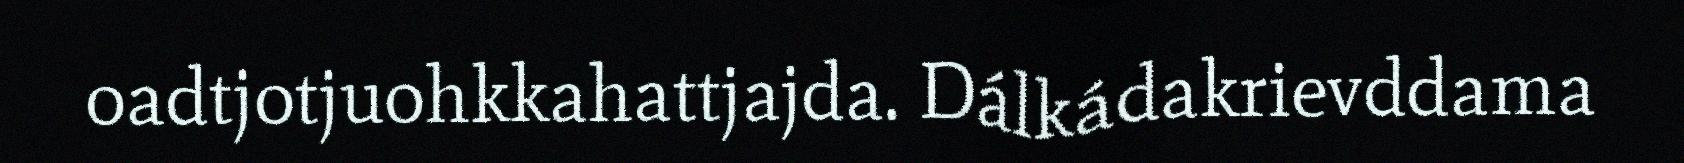
oadtjotjuohkkahattjajda. Dálkádakrievddama